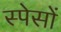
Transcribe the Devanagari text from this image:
स्पेसों